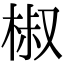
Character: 椒